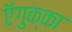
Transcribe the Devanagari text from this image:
ऍगुक्का